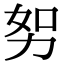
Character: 𭄥